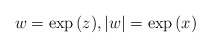
\begin{align*} w = \exp{(z)}, |w| = \exp{(x)}\end{align*}